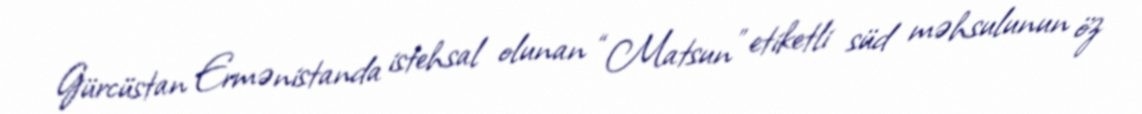
Gürcüstan Ermənistanda istehsal olunan “Matsun” etiketli süd məhsulunun öz